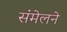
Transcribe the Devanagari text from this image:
संंमेलने